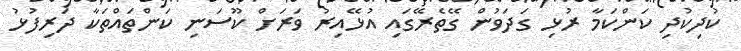
ކުދިކުދި ކަންކަމާ ރުޅި ގަދަވުން ގޭތެރޭގައި އުޅޭއިރު ވަރަށް ކޫސަނި ކަންތައްތަކާ ދަރިފުޅު